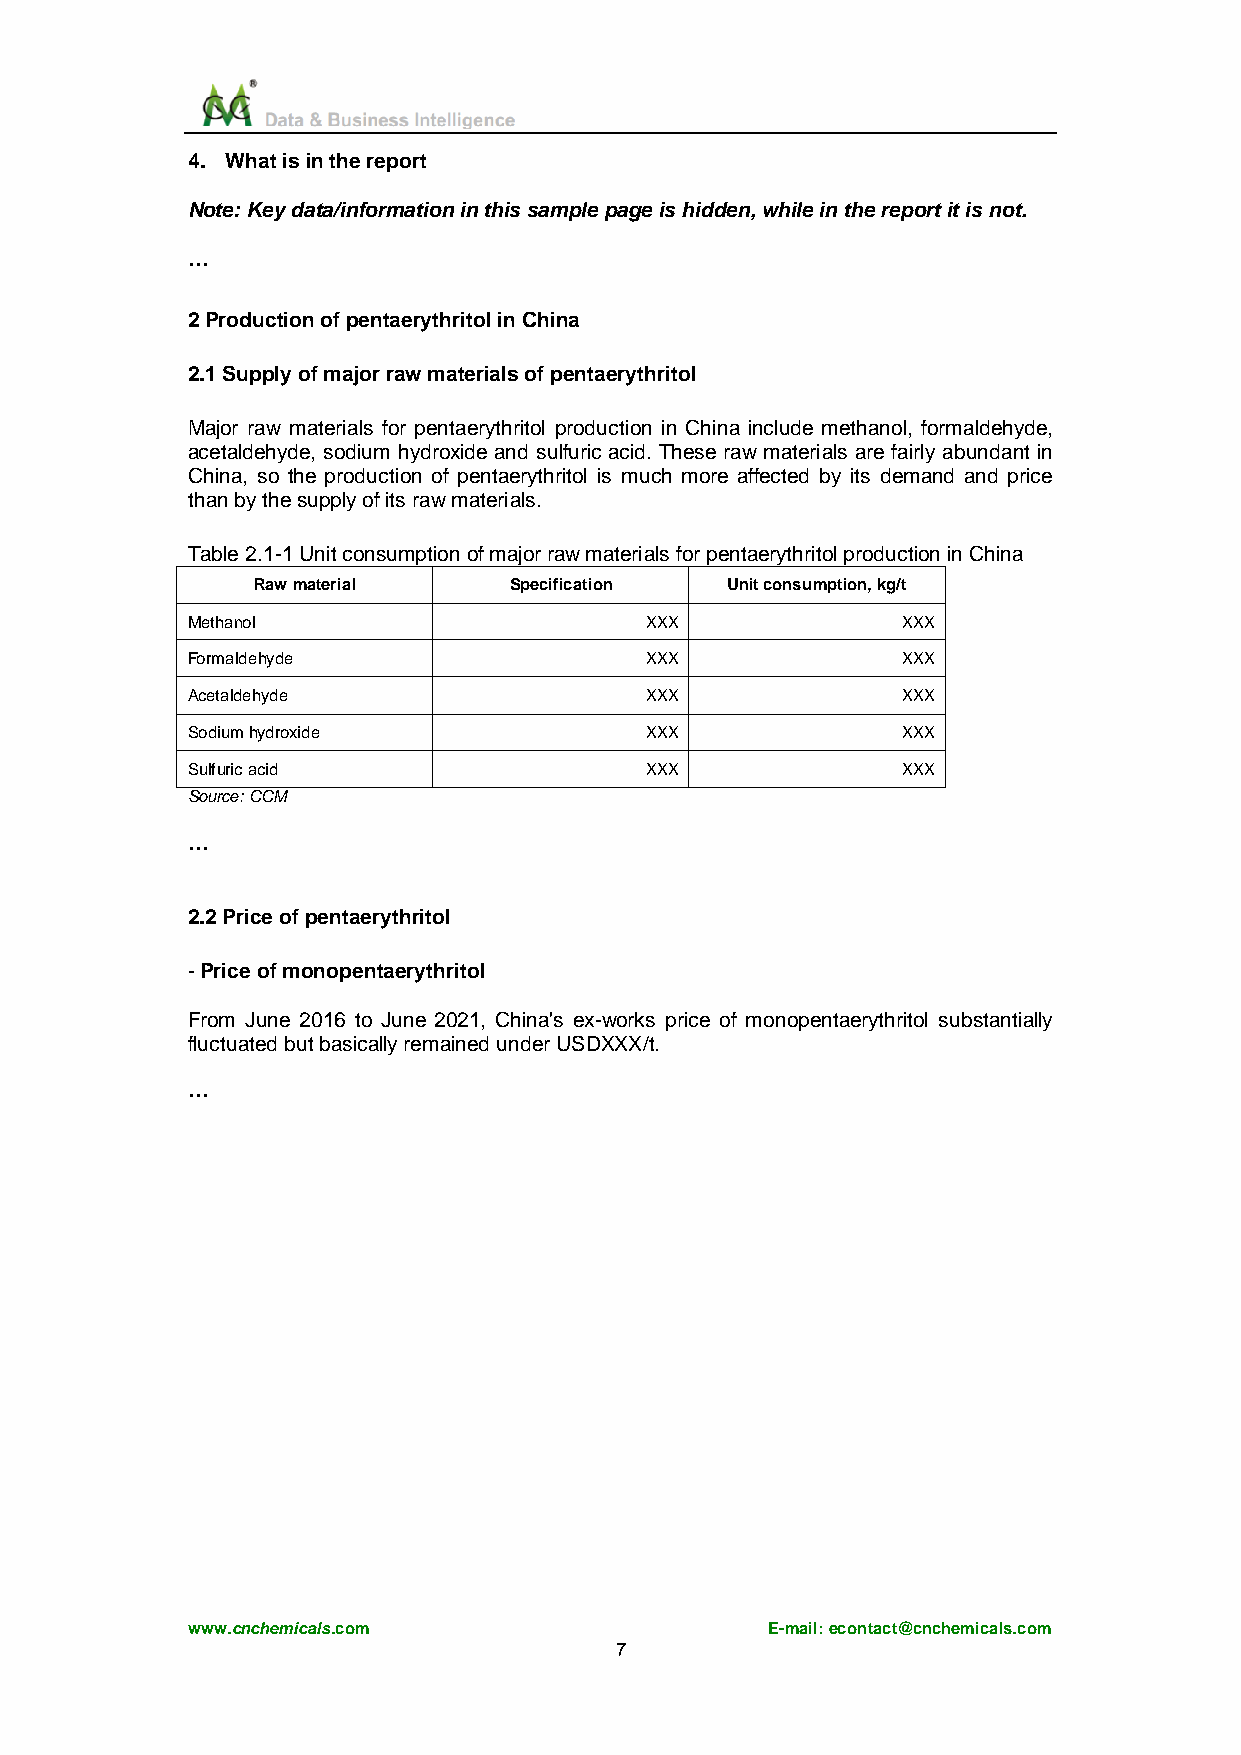
4. What is in the report
 Note: Key data/information in this sample page is hidden, while in the report it is not.
 …
 2 Production of pentaerythritol in China
 2.1 Supply of major raw materials of pentaerythritol
 Major raw materials for pentaerythritol production in China include methanol, formaldehyde,
 acetaldehyde, sodium hydroxide and sulfuric acid. These raw materials are fairly abundant in
 China, so the production of pentaerythritol is much more affected by its demand and price
 than by the supply of its raw materials.
 Table 2.1-1 Unit consumption of major raw materials for pentaerythritol production in China
 Raw material     Specification Unit consumption, kg/t
 Methanol                       XXX              XXX
 Formaldehyde                   XXX              XXX
 Acetaldehyde                   XXX              XXX
 Sodium hydroxide               XXX              XXX
 Sulfuric acid                  XXX              XXX
 Source: CCM
 …
 2.2 Price of pentaerythritol
 - Price of monopentaerythritol
 From June 2016 to June 2021, China's ex-works price of monopentaerythritol substantially
 fluctuated but basically remained under USDXXX/t.
 …
 www.cnchemicals.com                    E-mail: econtact@cnchemicals.com
 7